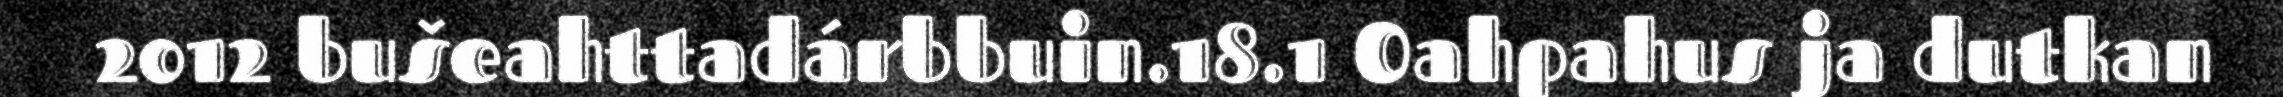
2012 bušeahttadárbbuin.18.1 Oahpahus ja dutkan